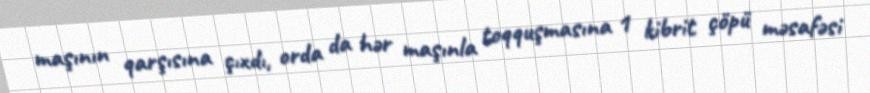
maşının qarşısına çıxdı, orda da hər maşınla toqquşmasına 1 kibrit çöpü məsafəsi